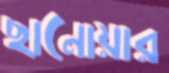
ছানোয়ার